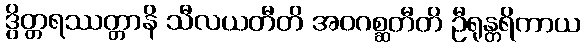
ဒွိတ္တရဿတ္တာနိ သီလယတီတိ အဝဂစ္ဆတီတိ ဦရုန္တရိကာယ